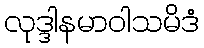
လုဒ္ဒါနမာဝါသမိဒံ